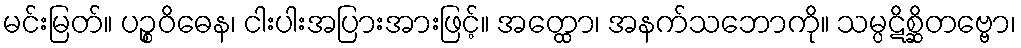
မင်းမြတ်။ ပဉ္စဝိဓေန၊ ငါးပါးအပြားအားဖြင့်။ အတ္ထော၊ အနက်သဘောကို။ သမ္ပဋိစ္ဆိတဗ္ဗော၊